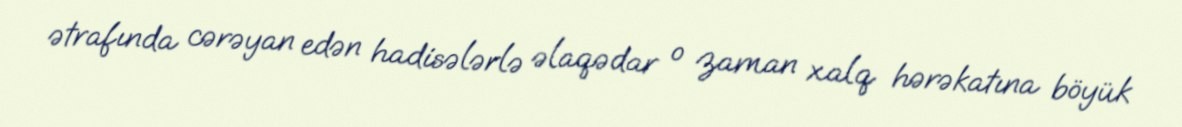
ətrafında cərəyan edən hadisələrlə əlaqədar o zaman xalq hərəkatına böyük